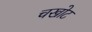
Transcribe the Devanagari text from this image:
चखोट